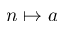
n \mapsto a